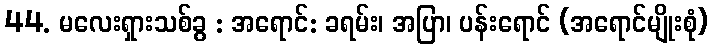
44. မလေးရှားသစ်ခွ : အရောင်: ခရမ်း၊ အပြာ၊ ပန်းရောင် (အရောင်မျိုးစုံ)